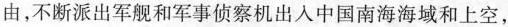
由，不断派出军舰和军事侦察机出人中国南海海域和上空，